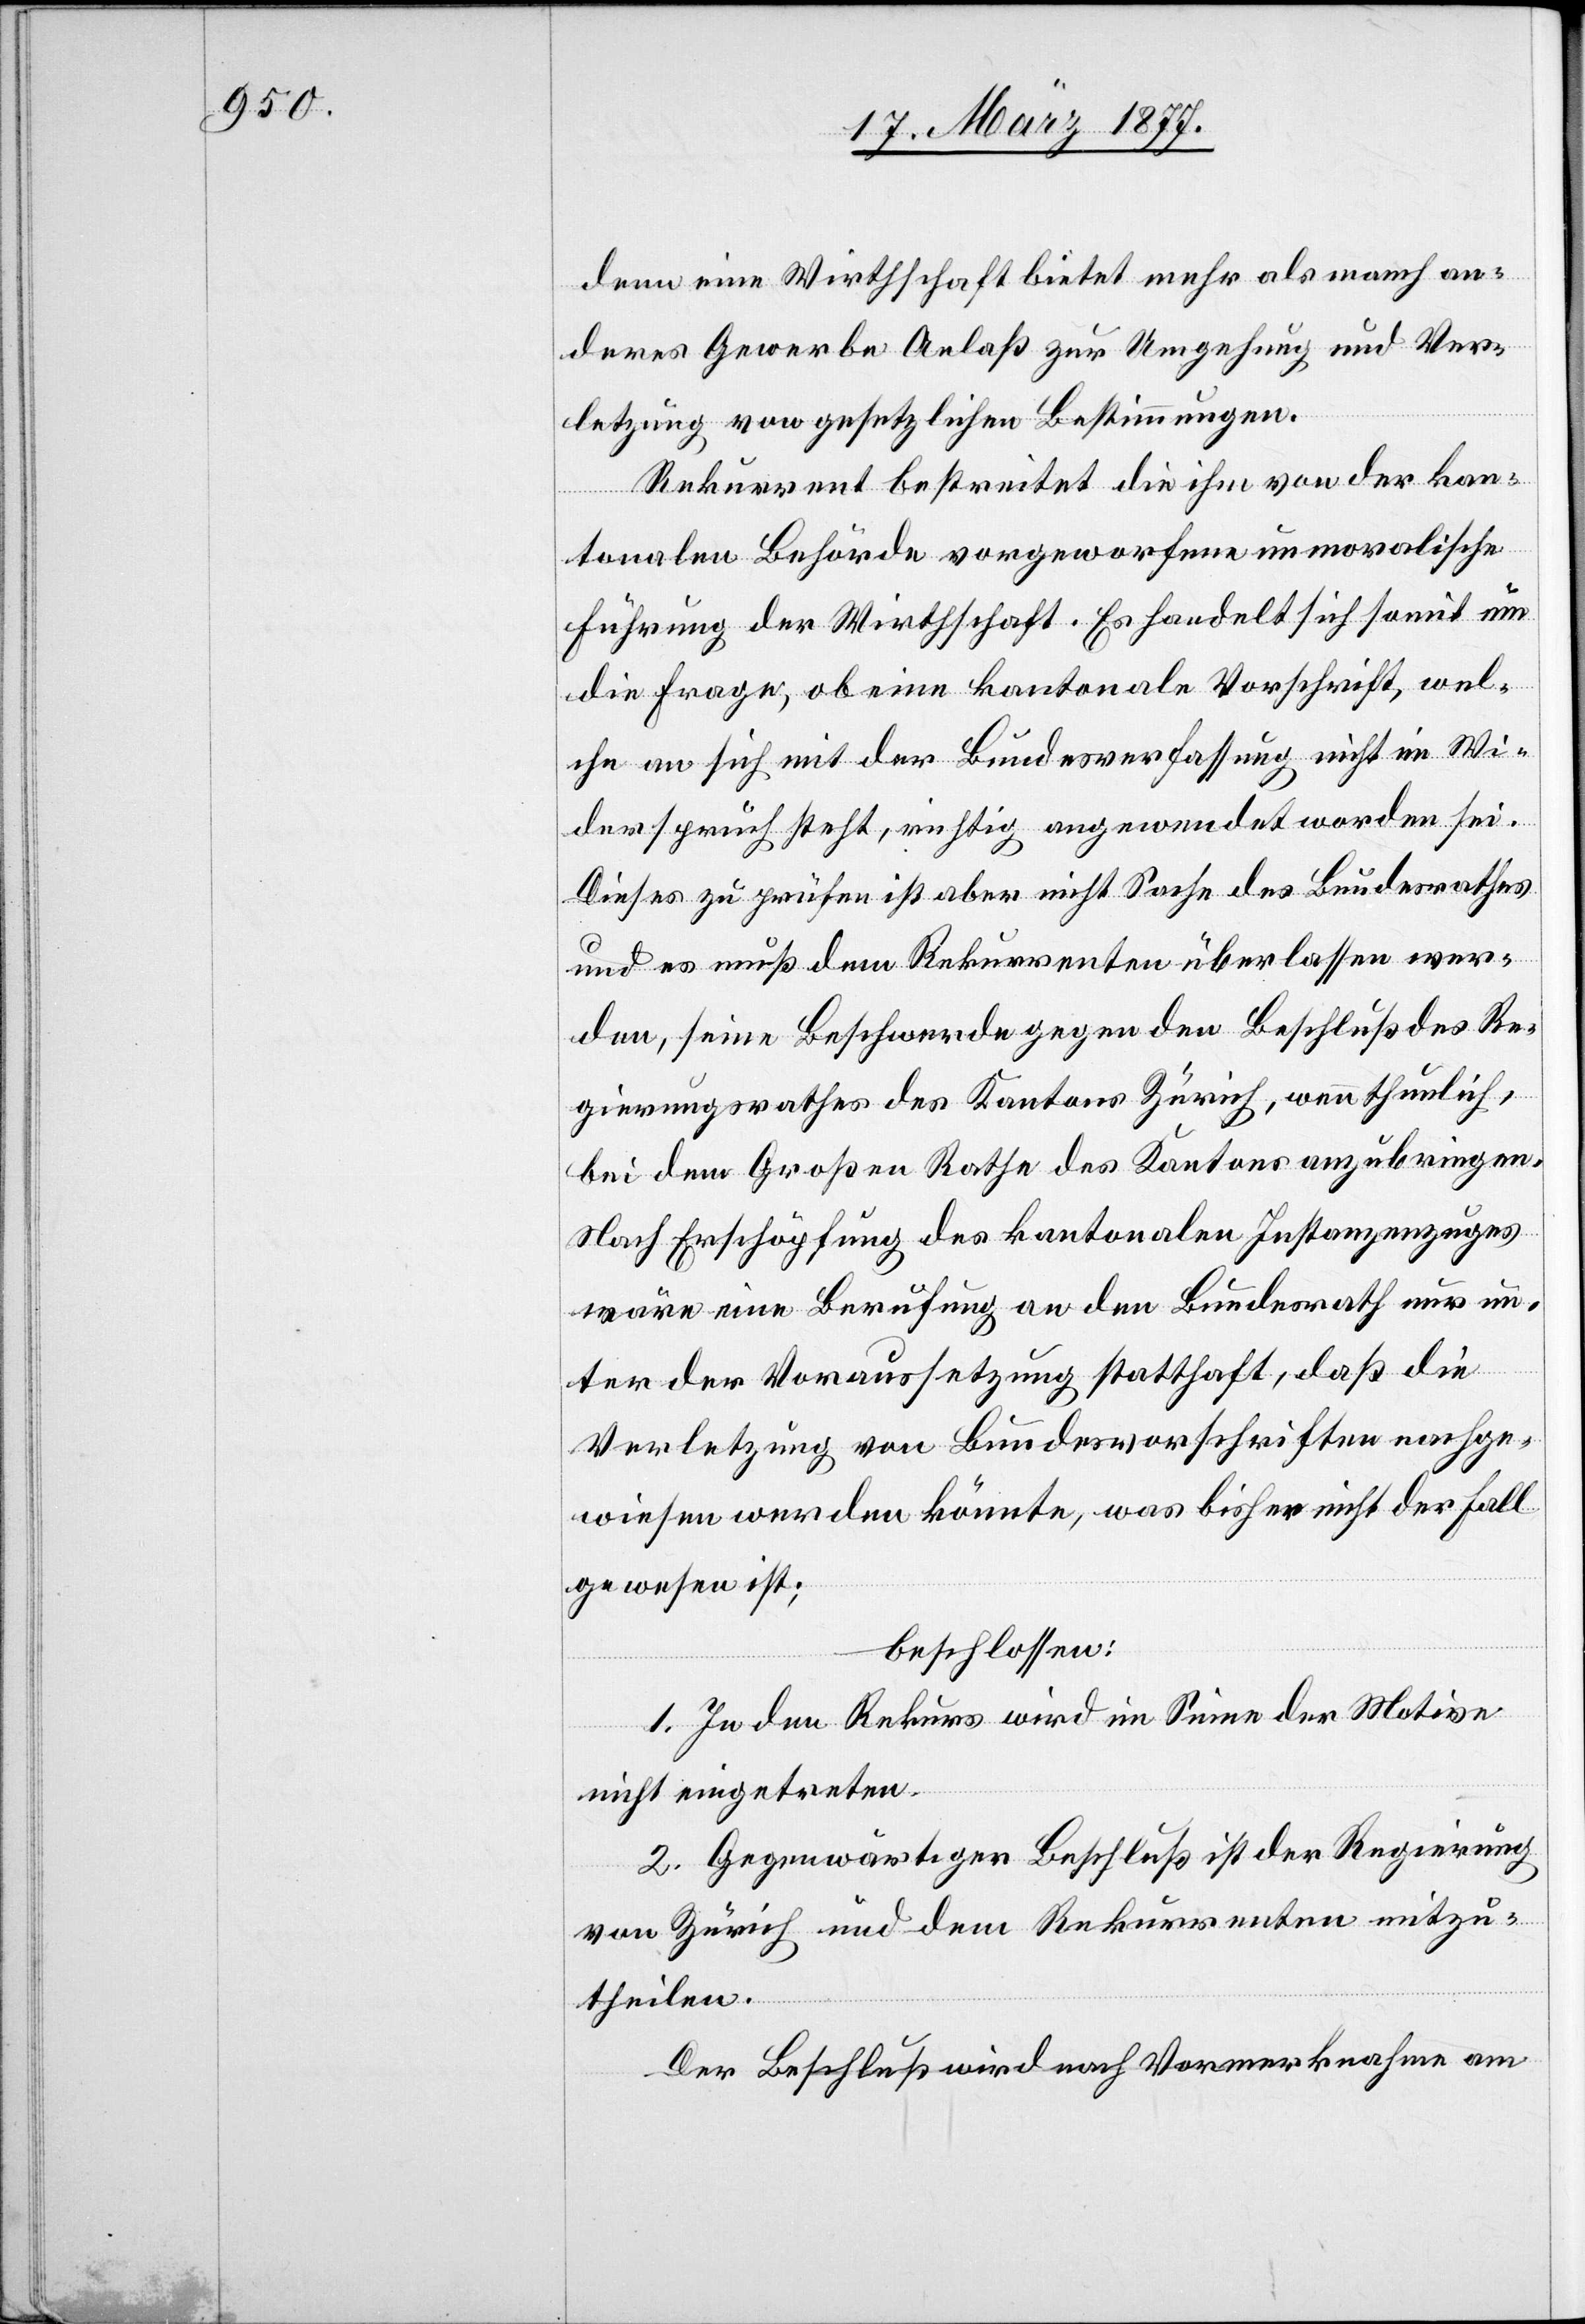
denn eine Wirthschaft bietet mehr als manch an¬
deres Gewerbe Anlaß zur Umgehung und Ver¬
letzung von gesetzlichen Bestimmungen.
Rekurrent bestreitet die ihm von der kan¬
tonalen Behörde vorgeworfene unmoralische
Führung der Wirthschaft. Es handelt sich somit um
die Frage, ob eine kantonale Vorschrift, wel¬
che an sich mit der Bundesverfassung nicht im Wi¬
derspruch steht, richtig angewendet worden sei.
Dieses zu prüfen ist aber nicht Sache des Bundesrathes
und es muß dem Rekurrenten überlassen wer¬
den, seine Beschwerde gegen den Beschluß des Re¬
gierungsrathes des Kantons Zürich, wenn thunlich,
bei dem Großen Rathe des Kantons anzubringen.
Nach Erschöpfung des kantonalen Instanzenzuges
wäre eine Berufung an den Bundesrath nur un¬
ter der Voraussetzung statthaft, daß die
Verletzung von Bundesvorschriften nachge¬
wiesen werden könnte, was bisher nicht der Fall
gewesen ist;
beschlossen:
1. In den Rekurs wird im Sinne der Motive
nicht eingetreten.
2. Gegenwärtiger Beschluß ist der Regierung
von Zürich und dem Rekurrenten mitzu¬
theilen.
Der Beschluß wird nach Vormerknahme am